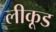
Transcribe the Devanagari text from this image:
लीकूड